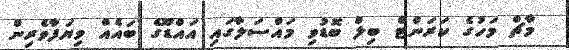
މާޗް މަހުގެ ކަރަންޓް ބިލް ބޮޑުވި މައްސަލާގައި އައްޑޫގެ ބައެއް ވިޔަފާވެރިން